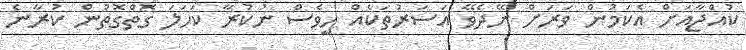
ކުއްޖާއަށް އެކަމުން ވަރަށް ނޭދެވޭ އަސަރުތަކެއް ހީވެސް ނުކުރާ ކަހަލަ ގޮތްގޮތުން ކުރާނެ